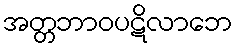
အတ္တဘာဝပဋိလာဘေ